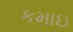
કમાઇ